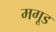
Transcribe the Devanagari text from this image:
मगूड